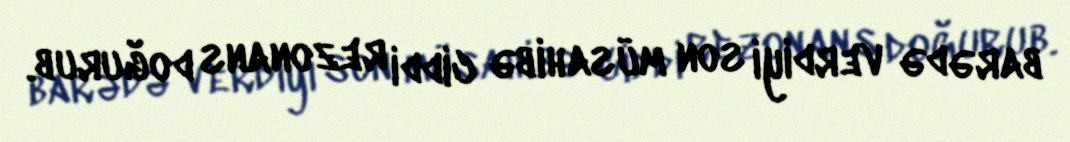
barədə verdiyi son müsahibə ciddi rezonans doğurub.